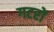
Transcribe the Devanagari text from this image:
गटरों